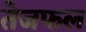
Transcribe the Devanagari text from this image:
तेजफल